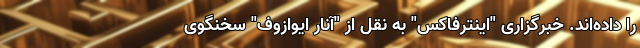
را داده‌اند. خبرگزاری "اینترفاکس" به نقل از "آنار ایوازوف" سخنگوی